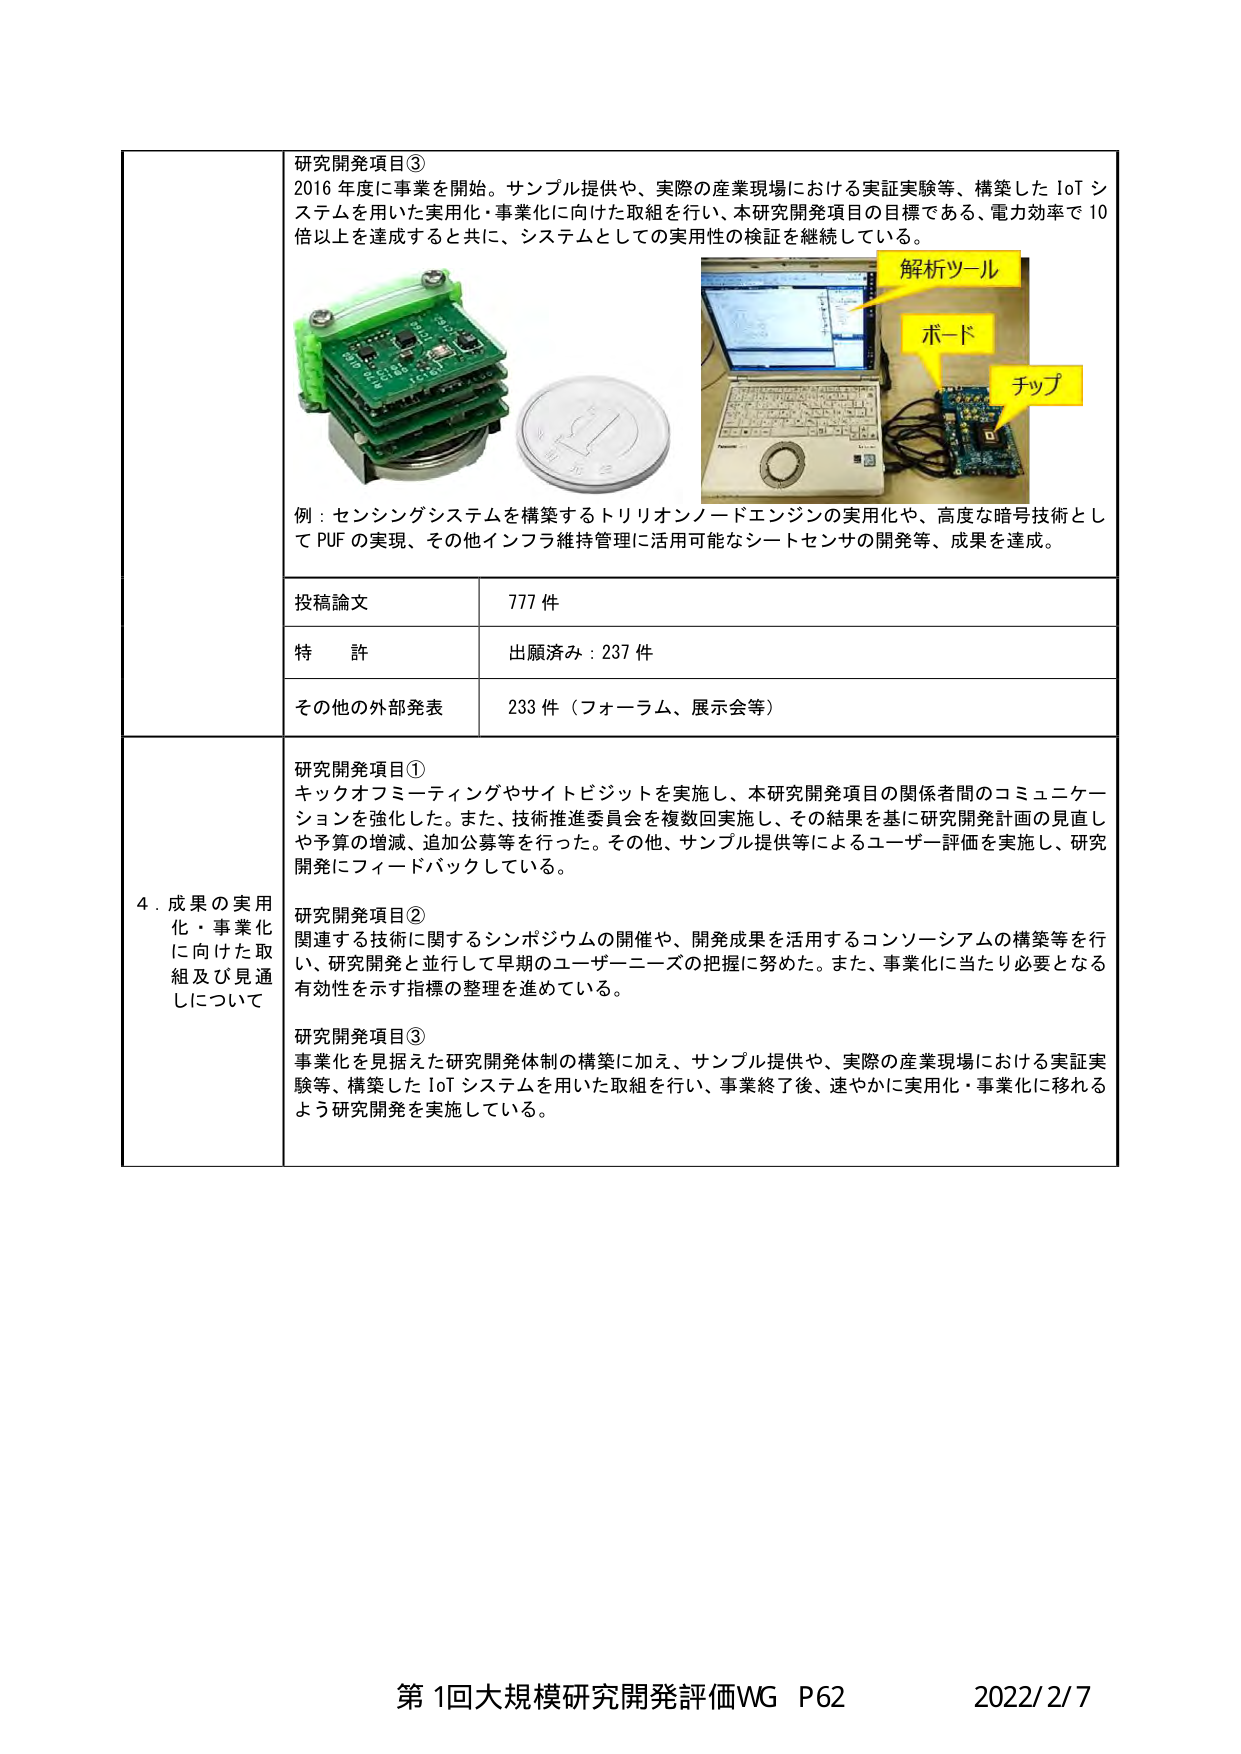
研究開発項目③
2016 年度に事業を開始。サンプル提供や、実際の産業現場における実証実験等、構築した IoT システムを用いた実用化・事業化に向けた取組を行い、本研究開発項目の目標である、電力効率で 10 倍以上を達成すると共に、システムとしての実用性の検証を継続している。

例：センシングシステムを構築するトリリオンノードエンジンの実用化や、高度な暗号技術として PUF の実現、その他インフラ維持管理に活用可能なシートセンサの開発等、成果を達成。

解析ツール
ボード
チップ

投稿論文　777 件
特許　出願済み：237 件
その他の外部発表　233 件（フォーラム、展示会等）

4．成果の実用化・事業化に向けた取組及び見通しについて

研究開発項目①
キックオフミーティングやサイトビジットを実施し、本研究開発項目の関係者間のコミュニケーションを強化した。また、技術推進委員会を複数回実施し、その結果を基に研究開発計画の見直しや予算の増減、追加公募等を行った。その他、サンプル提供等によるユーザー評価を実施し、研究開発にフィードバックしている。

研究開発項目②
関連する技術に関するシンポジウムの開催や、開発成果を活用するコンソーシアムの構築等を行い、研究開発と並行して早期のユーザーニーズの把握に努めた。また、事業化に当たり必要となる有効性を示す指標の整理を進めている。

研究開発項目③
事業化を見据えた研究開発体制の構築に加え、サンプル提供や、実際の産業現場における実証実験等、構築した IoT システムを用いた取組を行い、事業終了後、速やかに実用化・事業化に移れるよう研究開発を実施している。

第1回大規模研究開発評価WG P62　2022/2/7